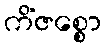
ကိံဇစ္စော